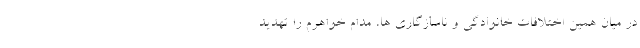
در میان همین اختلافات خانوادگی و ناسازگاری ها، مدام خواهرم را تهدید